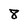
Character: 8